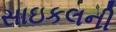
સાઇકલની